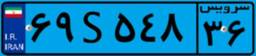
۰۶S۶۰۷۷۱